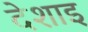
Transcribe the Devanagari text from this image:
देशाइ